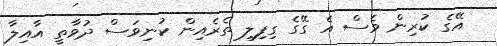
އޭގެ ކުރިން ވެސް އެ ގޭގެ ގިފިލި ތެރެއިން ކުނިވަސް ދުވާތީ އާއިލާ